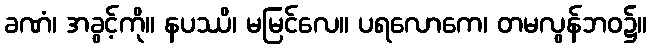
ခဏံ၊ အခွင့်ကို။ နပဿိ၊ မမြင်လေ။ ပရလောကေ၊ တမလွန်ဘဝ၌။